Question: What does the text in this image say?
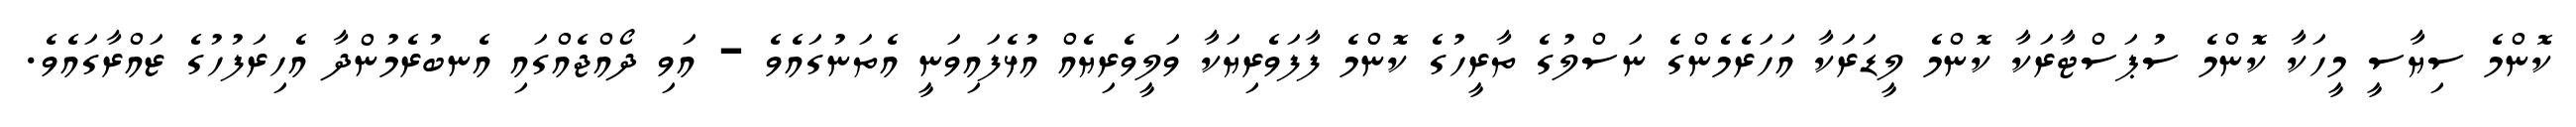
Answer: ކޮންމެ ސިޔާސީ މީހަކާ ކޮންމެ ސުޕަސްޓާރަކާ ކޮންމެ ލީޑަރަކާ އަހަރެމެންގެ ނަސްލުގެ ތާރީހުގެ ކޮންމެ ފާފަވެރިޔަކާ ވަލީވެރިޔެއް އުޅެފައިވަނީ އެތަނުގައެވެ - އަވި ދޯއްޖެއްގައި އެނބުރެމުންދާ އެހިރަފުހުގެ ޒައްރާގައެވެ.